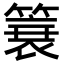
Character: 簔